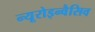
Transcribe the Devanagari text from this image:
न्यूरोइन्वैसिव